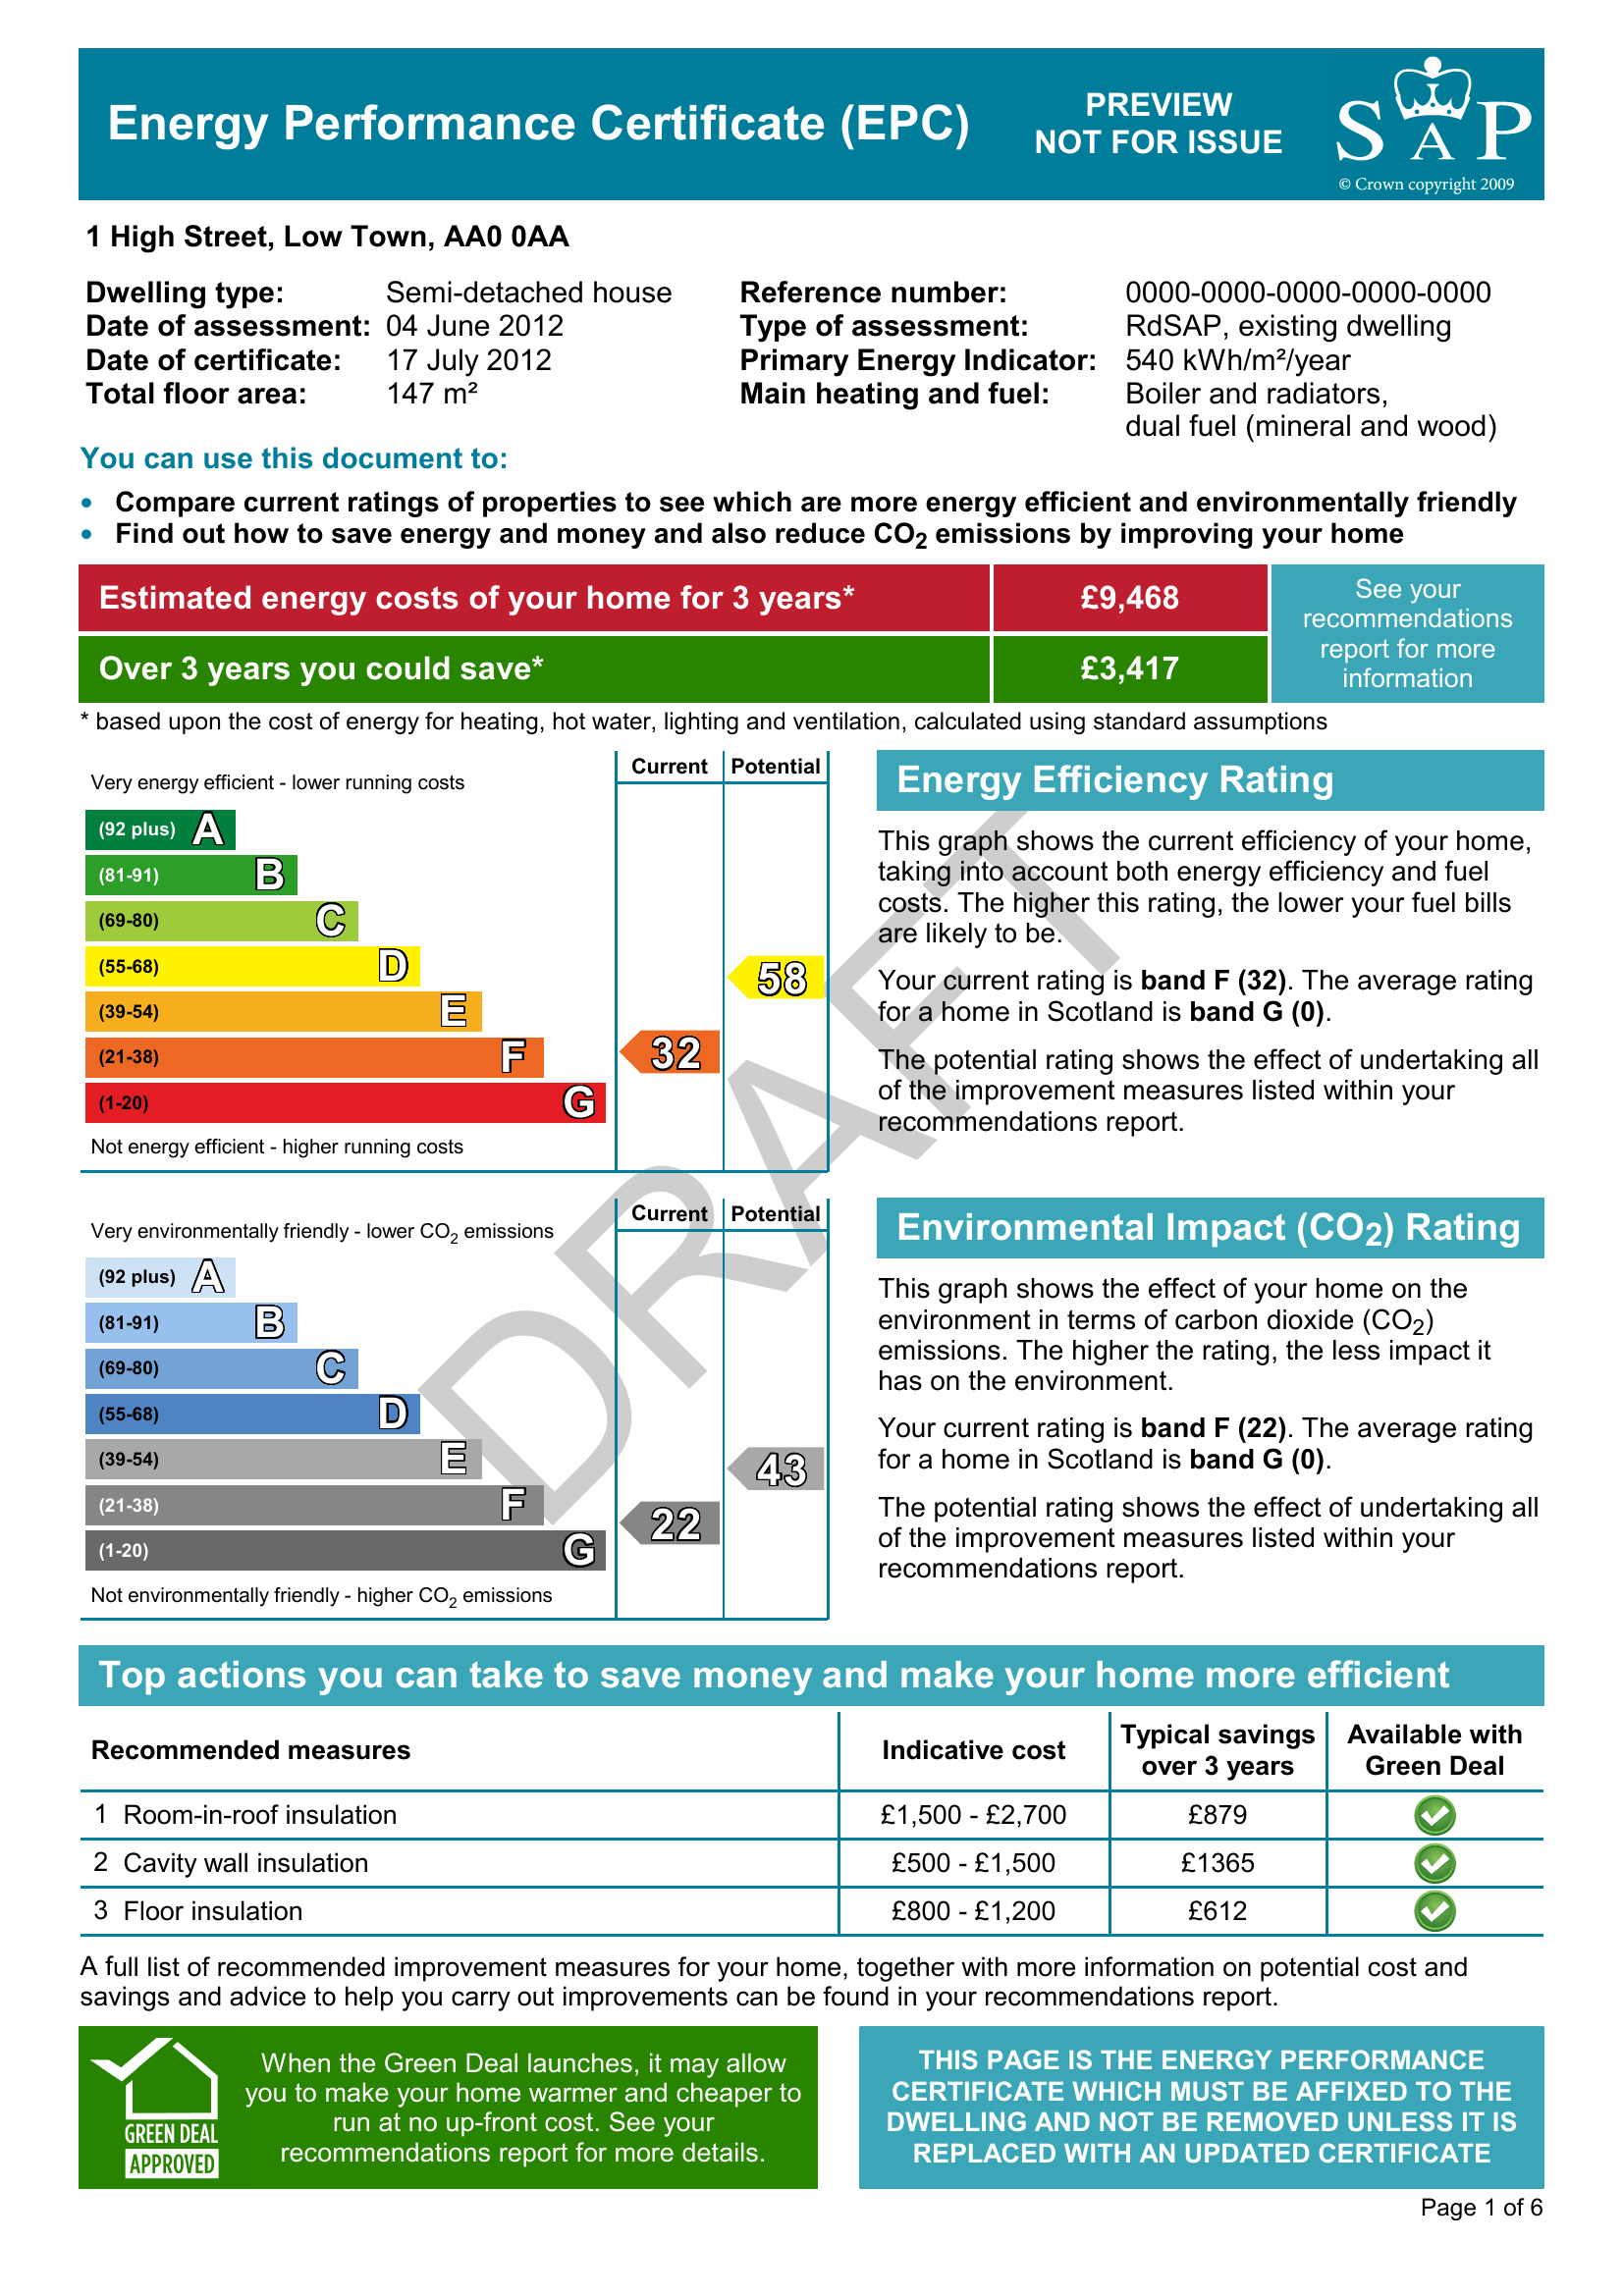
Current energy efficiency rating: F (score 32)
Potential energy efficiency rating: D (score 58)
Current environmental impact (CO2) rating: F (score 22)
Potential environmental impact (CO2) rating: E (score 43)